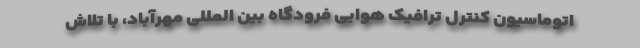
اتوماسیون کنترل ترافیک هوایی فرودگاه بین المللی مهرآباد، با تلاش